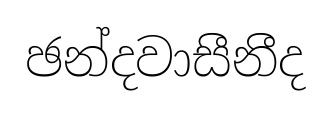
ඡන්දවාසීනීද